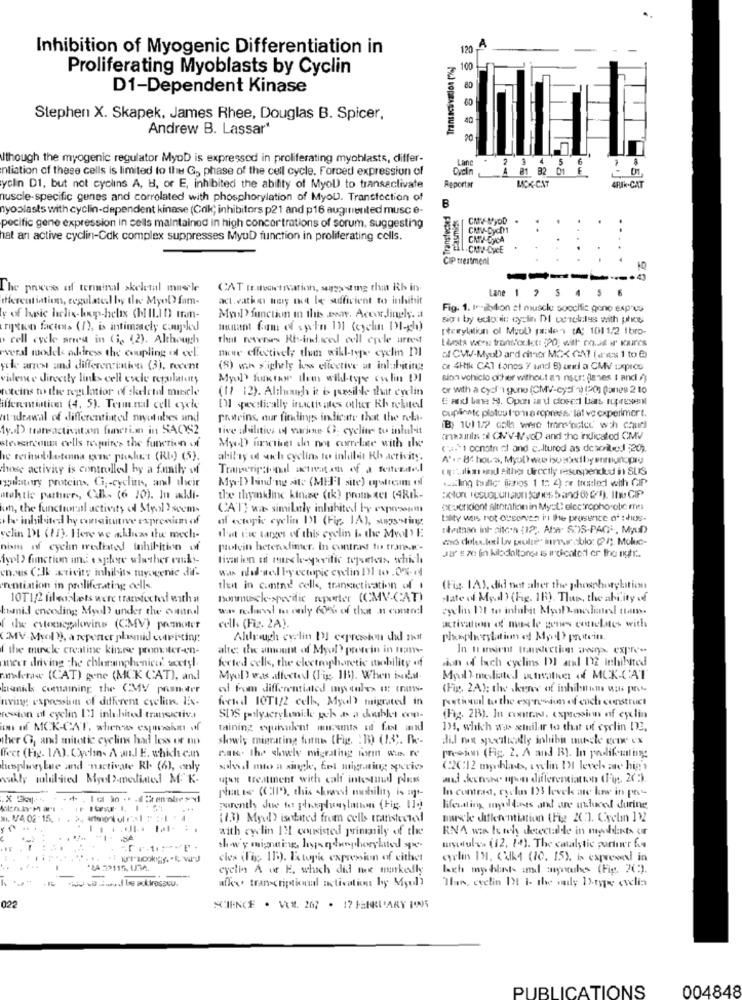
Inhibition of Myogenic Differentiation in
120
A
Proliferating Myoblasts by Cyclin
100
D1-Dependent Kinase
Stephen X. Skapek, James Rhee, Douglas B. Spicer,
40
Andrew B. Lassar*
Fol COPRASSESUEAL
20
Uthough the myogenic regulator MyoD is expressed in proliferating myohlasts, differ-
nliation of these cells is limited to the G, phase of the cell cycle. Forced expression of
Lane
A 81 82 01
2 3 4 5 6
Reportar
yclin D1, but not cyclins A, H, or E, inhibited the ability of Myol) to transactivate
MICK-CAT
4RIK-CAT
muscle-specific genes and correlated with phosphorylation of Myou. Transfection of
B
nyoolasts with cyclin-dependent kinase (Cok; inhibitors p21 and p16 augmented musc e-
plasmide
CMY-MyDD
pecific gene expression in cells maintained in high concortrations of sorum, suggesting
CMV-Dycm1
hat an active cyclin-Cdk complex suppresses MyuD function in proliferating cells.
CNPJ-DyCA
L.CMY-CWCE
Cip treatment
.
The process of terminal skeletal muscle
CAT maestroation, sysssing the Rh in
Lane 1
4 5 6
thereutiation, regulatesl by the Myol fam-
act.vatko muy the le sufficient to inhibit
Fig. 1. Ieribilion st muscle soocific gono expres
y of basic helix-hop-helix (hIL1 0) tran-
MwID function in this www. Accordingly. a
ription facteurs (1), is intimately coupled
mulant fom of sweln 111 (cychn bl-gh)
[terybilion ol MyUD paralen (A: 1011/2 1bro-
" cell cycle aries in (i. (2). Although
that reverses Ri-induced cell cycle arrest
Lasts wees transforlet: : 20, with nad ir kaires
weral modck address the coupling of «el.
tive effectively then will-type eyelin DI
of CW-MyuD ard dinner MIXX GA (aes 1 to @)
yele arrest and differenzintion (3), recent
(8) wn sighely loss eltective at inlasbiting
ce 4Htk CAI fonos Y and B) uniti a CMV uxpros
vidence directly links cell cycle regulatory
Myol> further them will-type cylin DI
sion vehicle ocher without an nspr: janes I and /)
toteins to the regulation of skeletal muscle
(17 12). Although it is posible that cyclin
or with a cyof''i gung (CMV-cyEl"-0) (20) fanes 2 10
E and Line SI. Opon a'd close:1 bars Ipresent
ifferentintion (4. 5). Team.mal cell cycle
DI specifically inactivates other Kh related
Cupinate platou forma copness. lat ve experimort.
mt ideawal of differentiated mayotubes and
Paseins, our findingss indicate that the reli-
1y. D) transactivation function in SACS2
tive abilities of various G. cycline to inulin
anainla :il N'VW/yoD and the indicated CMV
stedsarcoum cells mpires the function of
MycD umatiet do not correlate with the
(a."i conotn dl and cultured as desonlcd 20).
he reihebiketoma gone phabet (RI) (5).
abil ty of sich cyclins to inhibit Kh activity.
chose activity is controlled by a family of
quand either directly resuspended in SUS
guiletiry proteins, Ci ;- cyclin, and their
Mw.D bind ny site (MEFFI site) upstream ol
kling tillc" finos 1 1: 4) re trustled with GIP
stehtis partwer, Call- (6 10). In aldi-
the thymkline kin.se (tk) prom Ker (4Rik-
kin, the functuurstl activity of Myol ? seems
CA'T? was similarly inhibited by expossom
ocvericiont altomation in Myst: electrophorobic mes
the inhibited hy conaitutive expression of
of ectopic cyclin 11 (Fig. 1A), stegswing
baty was not ouconves i' the presence of this-
rheinan int site's (12). Ata- SOS-PAG ., MyUD
velin DI (11). Here we aklucas the mech-
that tic target of this eyelin & the Mvol' E
nim of cyclin mediated inhibition of
pulvin hetensfimer. In contrast to frank'-
fypl) function and esplye whether euk .-
livation of march-yarific repsetwas, which
Ja's ze lin kilodaltongs is indicated er the night.
ennes Clk activity inhibits myogenic dif-
w.w ned sel by ectopic cyclin DI to . 0% rd
erentiation in proliferating cells.
thet in cuntnil cells, trangactivation of !
(Fig. 1A), did not aber the phosphorylation
10T1/2 fileo, Lets were tracedechedd with a
nonmuscle-specific reporter (CMV-CAT)
Plate of Myd ) (Fig. 16). Thus, the ability of
kumid encoding Myol) under the control
www resurs to only 605% of the n contrel
eyelin Dit to inhibit Myulmolinel ttam.
f the cytenegalwins (CMV) pazour
eell (Fig. 2A).
activation of nus le genes conelites with
(MV-Mvol)), a reporter plasmid overisting
Aldrough eyelin DI espreston did not
Phosphorylation of My protein.
f the minele creatine kinese promener-en-
alte: the amount of Myol) protein in nam-
ferted cells, the electrophoretic mobility of
sion id lach cyelins DI anal 12 Inhibited
uneer driving che chloramphenico' wcetyl.
madera« (CAT) gone (MCK CAT), and
Myol? was .diected (Fig. 11). When isalat.
My meliatel strathe of MCK-CAT
namik containing the CMV prumer
ed from differentiated my qules 07 (naYS-
(Fig. 2A); the skens of inhiben im wats pro-
nving expression of different cyclin. 1Ex-
fected 10T1/2 cells, Myul? migrated in
petional tu the expression of euch construct
resion of cyclin D'] inlubitel transictiva
SIS polyacrylamike ych + a doublet con-
(Fig. 28). In contr. expresion of eyelin
im of MCK-CAT, when's espunaim of
taining equivalent ments of fel and
135, which was stuilar to that of cyclin D3.
ther G, and mitotic cyclins had loss of no
slowly migrating forms (Fig. : 15) (13). Be-
did not specifically inhibit muscle gene ex
ffect (Fig. 1A). Cyclin- A anJ E. which can
can. the shwely migrating form mis. re
Presion (Fig. 2. A and B). In paolikeunting
hesphorybue and -nactivate RI (6), only
soleil mo a single, fel migrning yerics
(22C12 mychleb, wyelin Il level ate hip's
wally mlulived Myel ?- mediated M. K.
utan treatment with calf intetnul pless
and keener upon differentiation (Fig. 27).
In contrast, cyshn 195 levek are low in pes-
That is (III), this skred mobility is apt-
Forenth due to phospholiin (Fig. 11g)
lifeatting, myoldants and are utluced during
MI. 1/4 02 -15.
(1.3) Myul) isolated from cells transtected
muscle differentiation (Fig KC"]. Cyclin 122
with cyclin 12 consisted primmmily of the
RNA win te wh detectable in myhlarts or
.02
showy migning hysqdenphorplated que
urdules (12, 14). The catalytic portower fue
cles (Fig. 15). Fotopk expression of cithet
eyelin IN, Cdk4 (10. 15), is expressed in
*LA 22115. 1/34.
eyelin A or E. which did me markedly
lagh my hlit- and myoihes (Fig. 2(:).
alky transcriptional activation by Myoli
Han, eyelin Il I- the nuly 12-type evelia
022
XIENCE . VOL. 267 . 17 FEBRUARY POR
PUBLICATIONS
004848